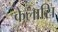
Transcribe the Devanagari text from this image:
केलासि